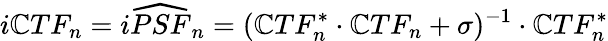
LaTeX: i\mathbb{C}TF_{n}=i\widehat{{PSF}}_{n}=(\mathbb{C}TF_{n}^{*}\cdot\mathbb{C}TF_{n}+\sigma)^{-1}\cdot\mathbb{C}TF_{n}^{*}